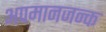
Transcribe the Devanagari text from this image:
अपमानजन्क